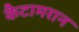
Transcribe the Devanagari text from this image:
कैटामरान